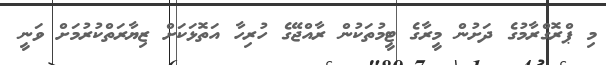
މި ޕްރޮގްރާމުގެ ދަށުން މީރާގެ ޓީމުތަކުން ރާއްޖޭގެ ހުރިހާ އަތޮޅަކަށް ޒިޔާރަތްކުރުމަށް ވަނީ